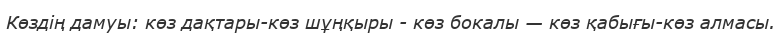
Көздің дамуы: көз дақтары-көз шұңқыры - көз бокалы — көз қабығы-көз алмасы.